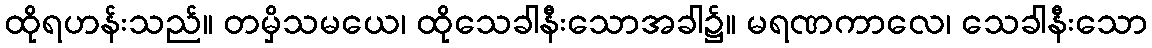
ထိုရဟန်းသည်။ တမှိသမယေ၊ ထိုသေခါနီးသောအခါ၌။ မရဏကာလေ၊ သေခါနီးသော